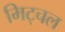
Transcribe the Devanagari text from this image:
मिट्चल